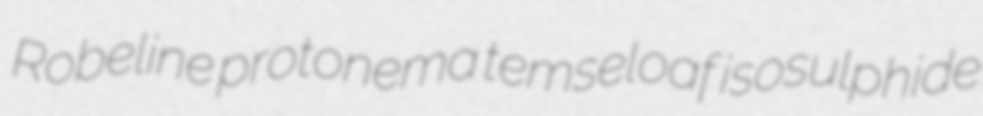
Robeline protonema temseloaf isosulphide